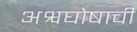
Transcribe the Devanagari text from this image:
अश्वघोषाची